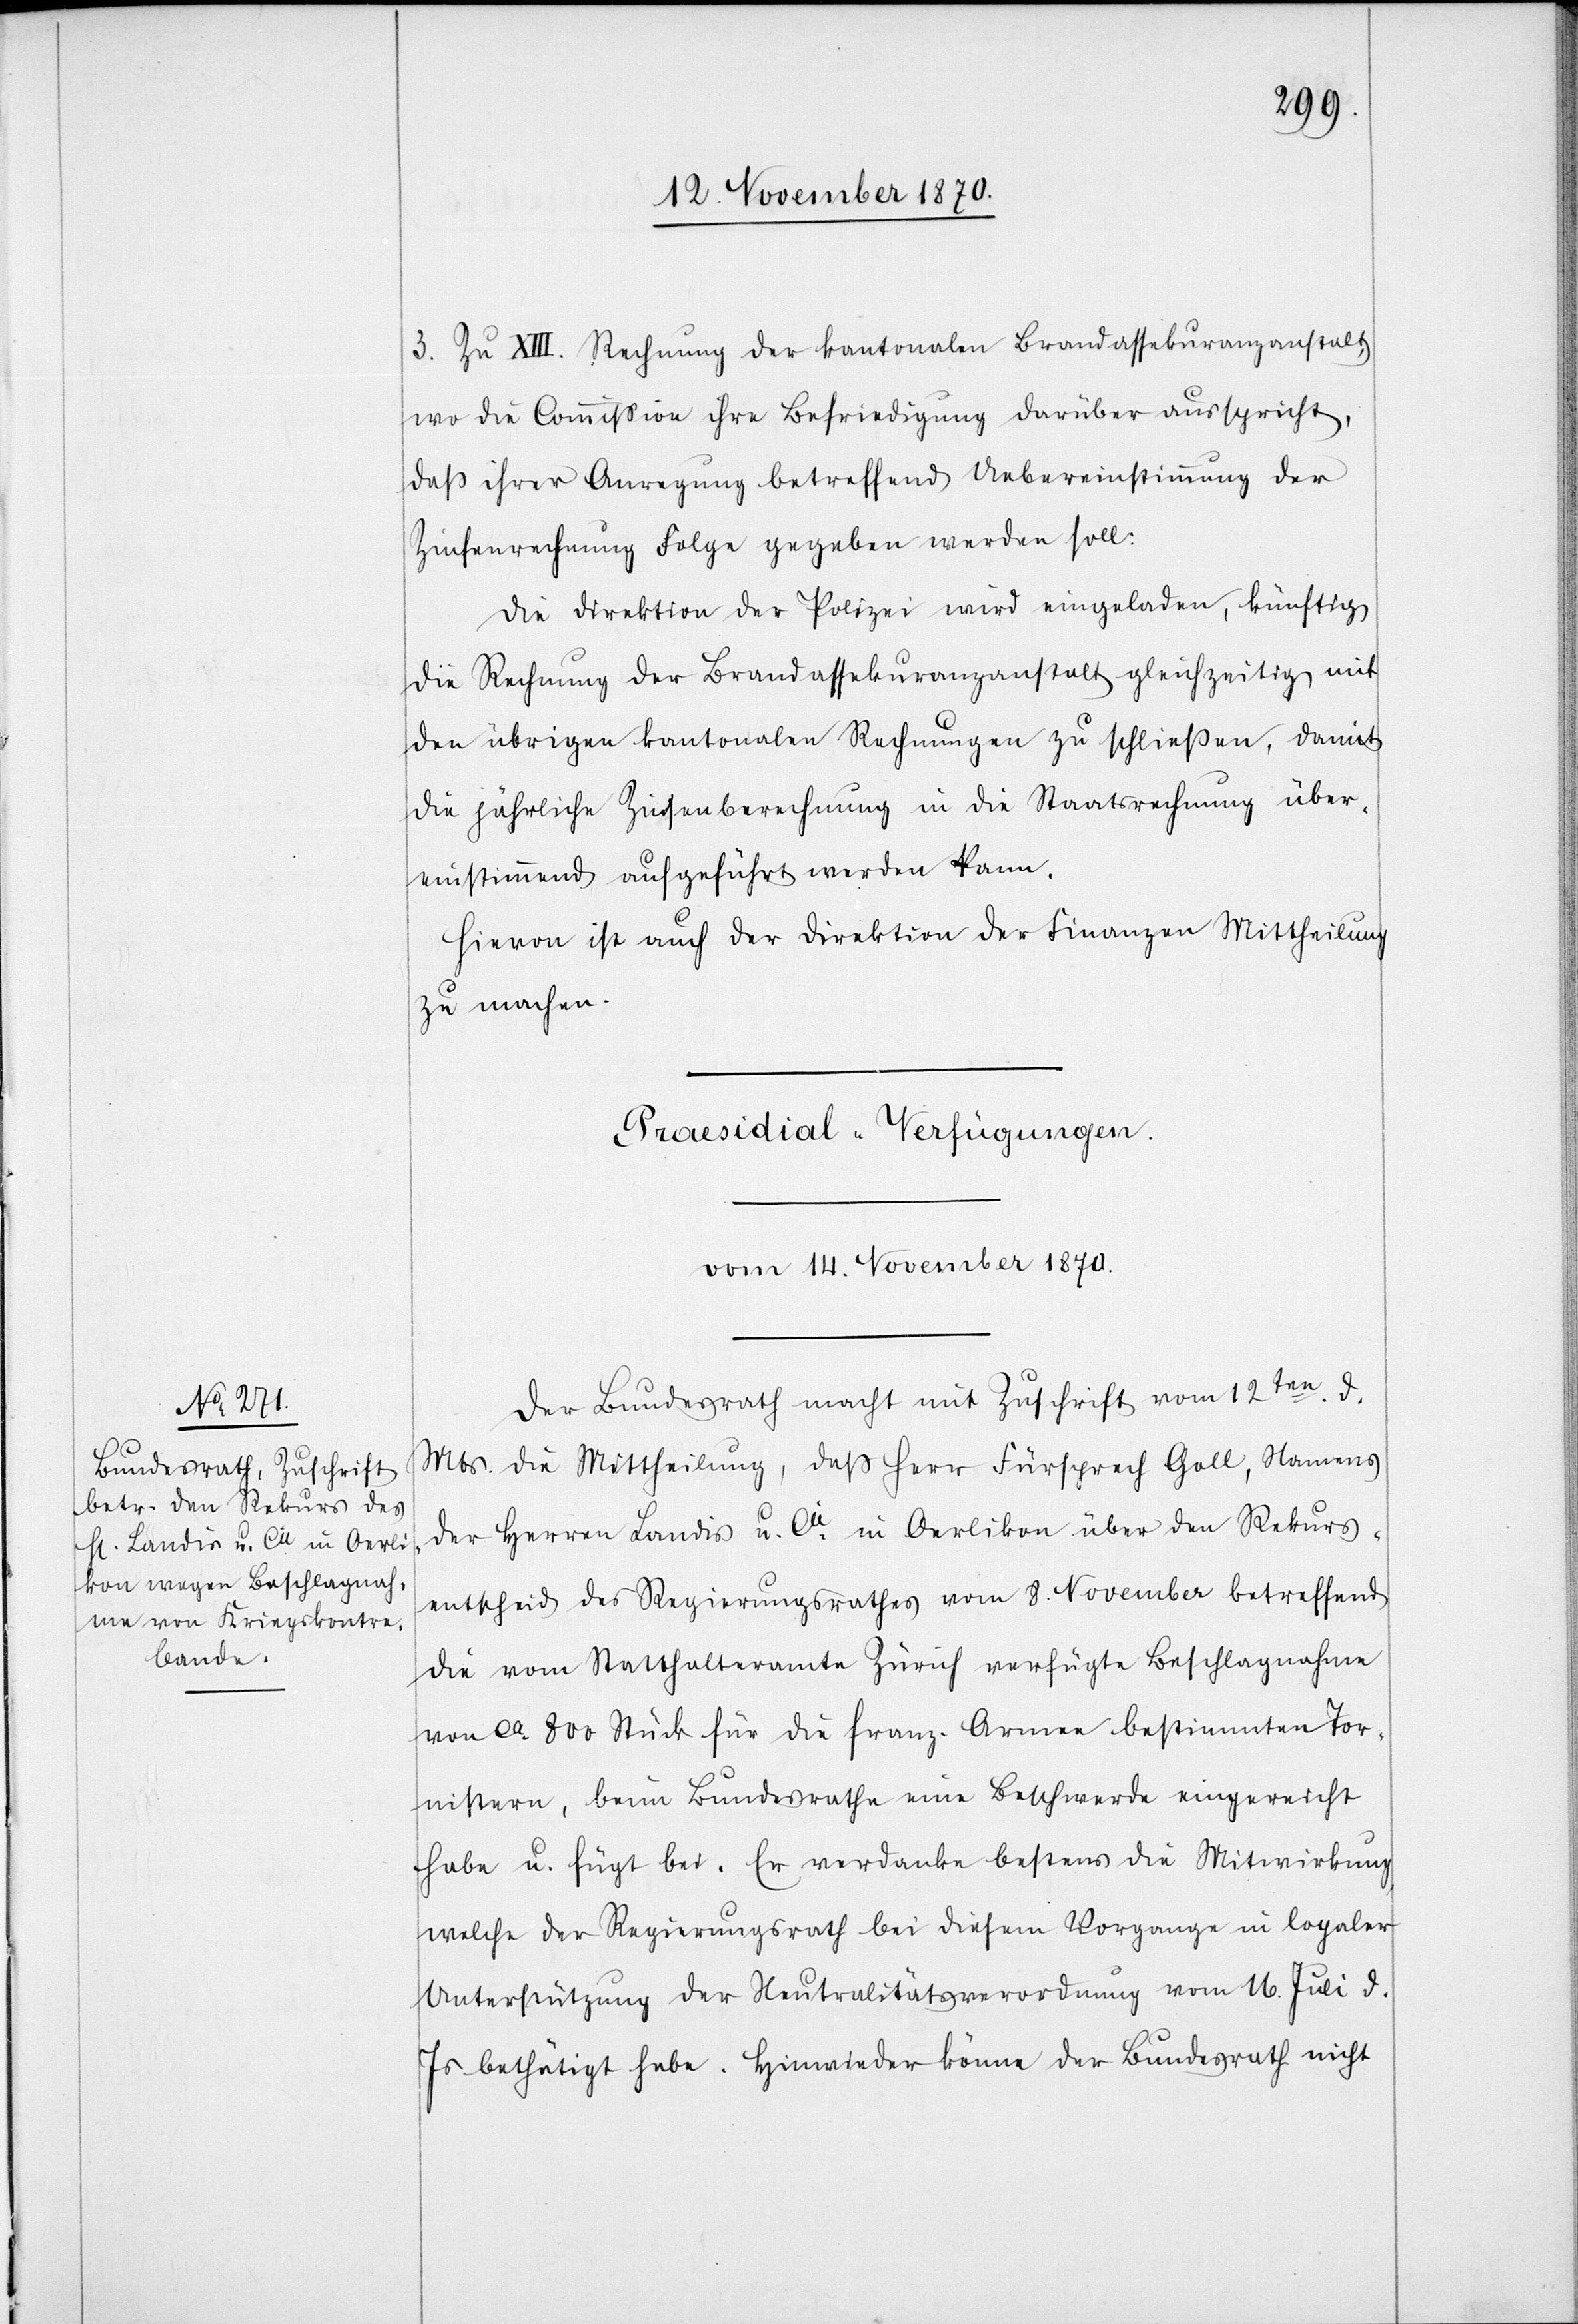
3. Zu XIII. Rechnung der kantonalen Brandassekuranzanstalt,
wo die Commißion ihre Befriedigung darüber ausspricht,
daß ihrer Anregung betreffend Uebereinstimmung der
Zinsenrechnung Folge gegeben werden soll.
Die Direktion der Polizei wird eingeladen, künftig
die Rechnung der Brandassekuranzanstalt gleichzeitig mit
den übrigen kantonalen Rechnungen zu schließen, damit
die jährliche Zinsenberechnung in die Staatsrechnung über¬
einstimmend ausgeführt werden kann.
Hievon ist auch der Direktion der Finanzen Mittheilung
zu machen.
Praesidial-Verfügungen.
vom 14. November 1870.
Der Bundesrath macht mit Zuschrift vom 12ten d.
Mts. die Mittheilung, daß Herr Fürsprech Goll, Namens
der Herren Landis u. Cie. in Oerlikon über den Rekurs¬
entscheid des Regierungsrathes vom 8. November betreffend
die vom Statthalteramte Zürich verfügte Beschlagnahme
von ca. 800 Stück für die franz. Armee bestimmten Tor¬
nistern, beim Bundesrathe eine Beschwerde eingereicht
habe u. fügt bei. Er verdanke bestens die Mitwirkung,
welche der Regierungsrath bei diesem Vorgange in loyaler
Unterstützung der Neutralitätsverordnung vom 16. Juli d.
Js. bethätigt habe. Hinwieder könne der Bundesrath nicht